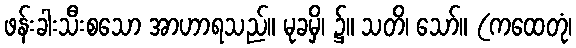
ဖန်းခါးသီးစသော အာဟာရသည်။ မုခမှိ၊ ၌။ သတိ၊ သော်။ (ကထေတုံ၊